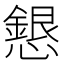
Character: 𢣰